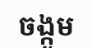
ចង្កូម